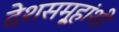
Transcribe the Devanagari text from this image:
देशसमू्हांशी